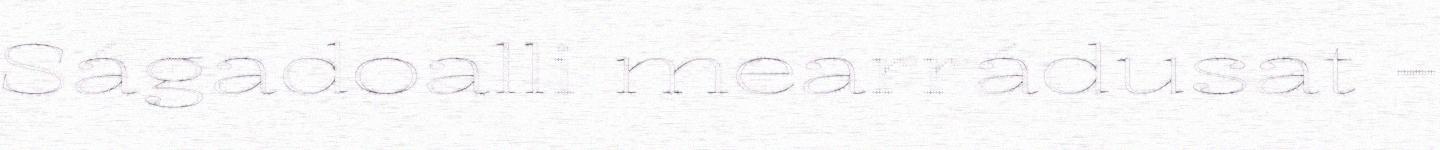
Ságadoalli mearrádusat -